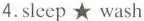
4.sleep ★ wash